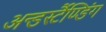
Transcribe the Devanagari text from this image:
अन्डर्स्टैण्डिंग